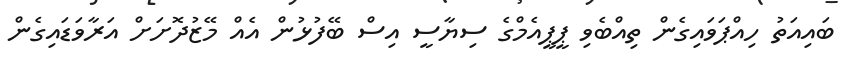
ބައިއަތު ހިއްޕަވައިގެން ތިއްބެވި ޕީޕީއެމްގެ ސިޔާސީ އިސް ބޭފުޅުން އެއް މޭޒުދޮށަށް އަރާވަޑައިގެން